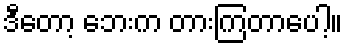
ဒီတော့ ဘေးက တားကြတာပေါ့။